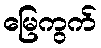
မြေကွက်